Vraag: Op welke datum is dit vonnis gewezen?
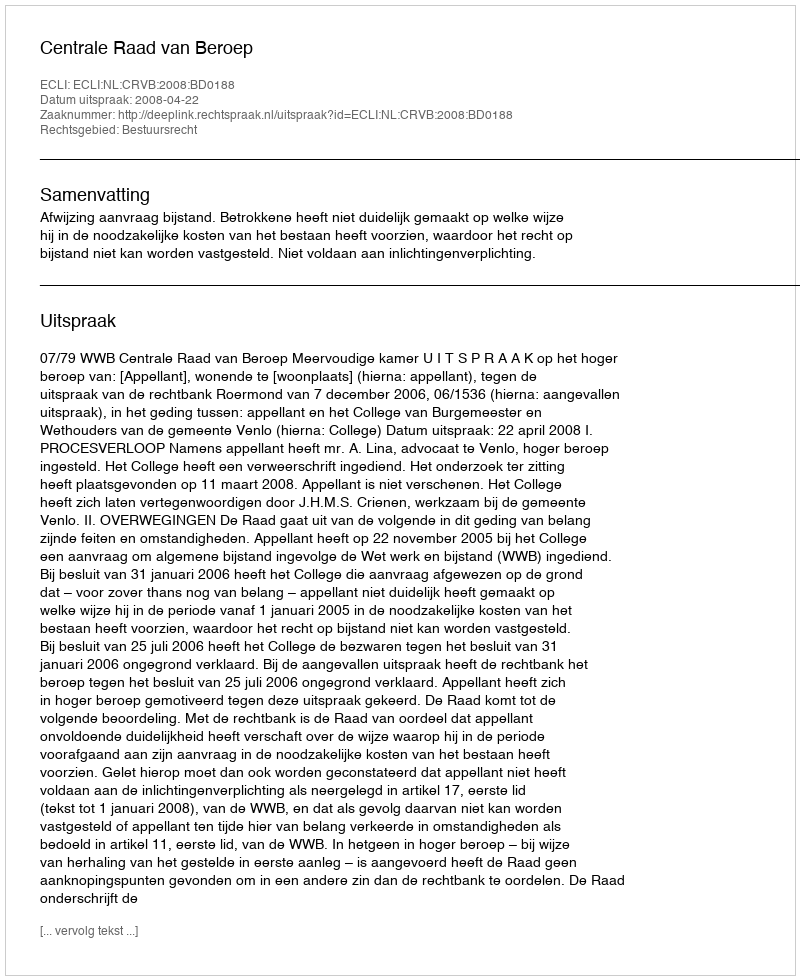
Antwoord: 2008-04-22